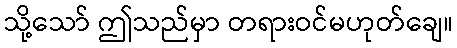
သို့သော် ဤသည်မှာ တရားဝင်မဟုတ်ချေ။